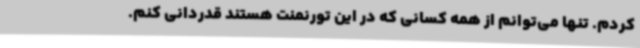
کردم. تنها می‌توانم از همه کسانی که در این تورنمنت هستند قدردانی کنم.